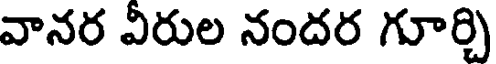
వానర వీరుల నందర గూర్చి